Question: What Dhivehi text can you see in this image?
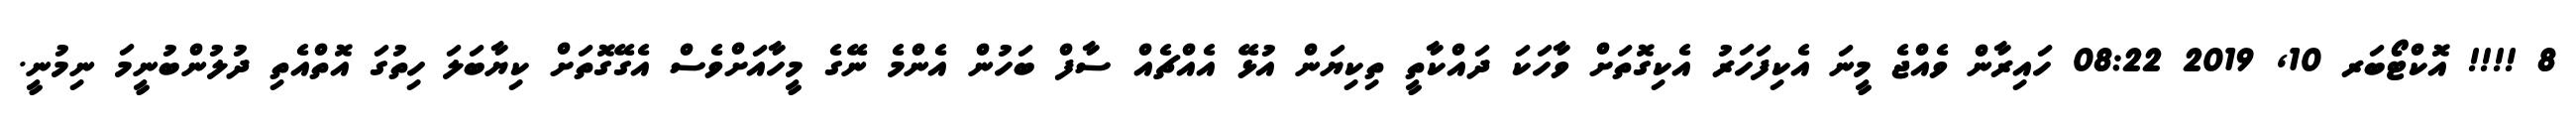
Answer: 8 !!!! އޮކްޓޯބަރ 10, 2019 08:22 ހައިރާން ވެއްޖެ މީނަ އެކިފަހަރު އެކިގޮތަށް ވާހަކަ ދައްކާތީ ތިކިޔަން އުޅޭ އެއްޗެއް ސާފް ބަހުން އެންމެ ނޭގެ މީހާއަށްވެސް އެގޭގޮތަށް ކިޔާބަލަ ހިތުގަ އޮތްއެތި ދުލުންބުނީމަ ނިމުނީ.